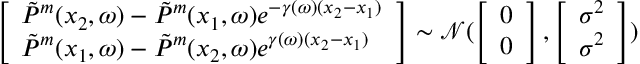
\left[ \begin{array} { l } { \Tilde { P } ^ { m } ( x _ { 2 } , \omega ) - \Tilde { P } ^ { m } ( x _ { 1 } , \omega ) e ^ { - \gamma ( \omega ) ( x _ { 2 } - x _ { 1 } ) } } \\ { \Tilde { P } ^ { m } ( x _ { 1 } , \omega ) - \Tilde { P } ^ { m } ( x _ { 2 } , \omega ) e ^ { \gamma ( \omega ) ( x _ { 2 } - x _ { 1 } ) } } \end{array} \right] \sim \mathcal { N } ( \left[ \begin{array} { l } { 0 } \\ { 0 } \end{array} \right] , \left[ \begin{array} { l } { \sigma ^ { 2 } } \\ { \sigma ^ { 2 } } \end{array} \right] )